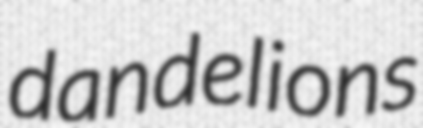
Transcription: dandelions